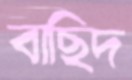
বাছিদ